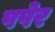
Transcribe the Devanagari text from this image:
पपेर